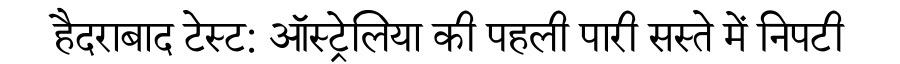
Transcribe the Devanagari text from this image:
हैदराबाद टेस्ट: ऑस्ट्रेलिया की पहली पारी सस्ते में निपटी